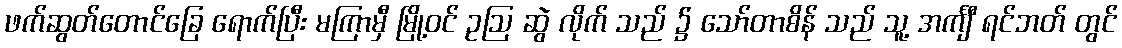
ဖက်ဆွတ်တောင်ခြေ ရောက်ပြီး မကြာမှီ မြို့ဝင် ဥဩ ဆွဲ လိုက် သည် ၌ သော်တာစိန် သည် သူ့ အင်္ကျီ ရင်ဘတ် တွင်